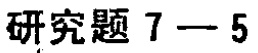
研究题 7 - 5